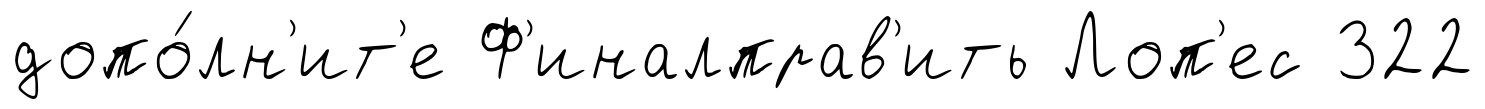
допо́лн'ит'е Ф'иналправ'ить Лоп'ес 322